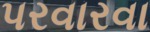
પરવારવા